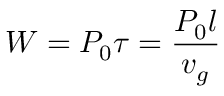
W = P _ { 0 } \tau = \frac { P _ { 0 } l } { v _ { g } }